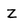
Character: Z